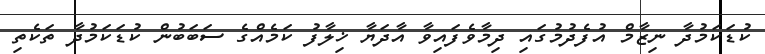
ކުޑަކަމުދާ ނިޒާމް އުފެދުމުގައި ދިމާވެފައިވާ އާދަޔާ ޚިލާފު ކަމެއްގެ ސަބަބުން ކުޑަކަމުދާ ތަކެތި